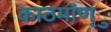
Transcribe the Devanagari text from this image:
काठमांण्ु